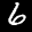
Label: 6